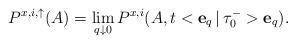
LaTeX: \begin{align*}{P}^{x,i,\uparrow}(A) = \lim_{q\downarrow 0} {P}^{x,i} (A, t<{\mathbf{e}_q } \,|\, {\tau}^-_0>{\mathbf{e}_q }).\end{align*}